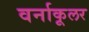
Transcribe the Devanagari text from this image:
वर्नाकूलर